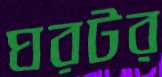
ঘরটর